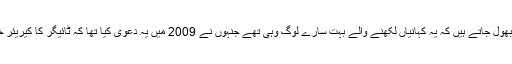
ہم کتنی جلدی بھول جاتے ہیں کہ یہ کہانیاں لکھنے والے بہت سارے لوگ وہی تھے جنہوں نے 2009 میں یہ دعویٰ کیا تھا کہ ٹائیگر کا کیریئر ختم ہوچکا ہے۔